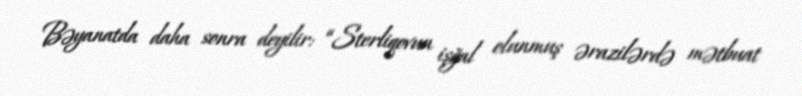
Bəyanatda daha sonra deyilir: “Sterliqovun işğal olunmuş ərazilərdə mətbuat